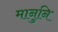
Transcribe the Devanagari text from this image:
मानुनि